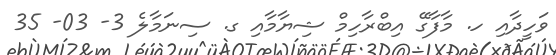
ވަހީދާއި ހ. މާފާގޭ އިބްރާހިމް ޝިޔާމާއި ގ. ސިނަމާލެ 3- 03- 35